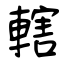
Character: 轄